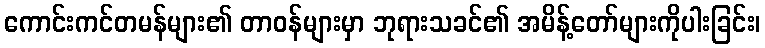
ကောင်းကင်တမန်များ၏ တာဝန်များမှာ ဘုရားသခင်၏ အမိန့်တော်များကိုပါးခြင်း၊